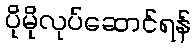
ပိုမိုလုပ်ဆောင်ရန်